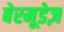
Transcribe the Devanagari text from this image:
बेरमूडेज़